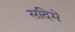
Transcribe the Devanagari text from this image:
सदिमे